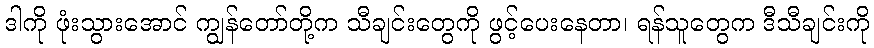
ဒါကို ဖုံးသွားအောင် ကျွန်တော်တို့က သီချင်းတွေကို ဖွင့်ပေးနေတာ၊ ရန်သူတွေက ဒီသီချင်းကို